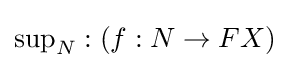
\operatorname {sup} _{N}:(f:N\to FX)